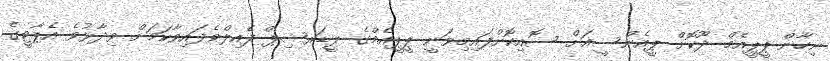
ނިހާން ޕީޕީއެމް ދޫކޮށް ޕީއެންސީއަށް ސޮއިކޮށްފައިމިވަނީ ޕީޕީއެމްގެ ލީޑަރޝިޕް ފެއިލްވެފައިވާކަމަށް ވިދާޅުވެ އެޕާޓީގެ